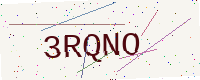
Text: 3RQNO